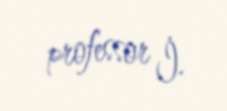
professor İ.